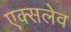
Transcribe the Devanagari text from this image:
एक्सलेव